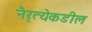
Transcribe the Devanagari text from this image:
नैरृत्येकडील